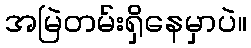
အမြဲတမ်းရှိနေမှာပဲ။